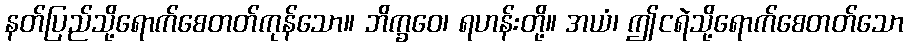
နတ်ပြည်သို့ရောက်စေတတ်ကုန်သော။ ဘိက္ခဝေ၊ ရဟန်းတို့။ အယံ၊ ဤငရဲသို့ရောက်စေတတ်သော